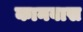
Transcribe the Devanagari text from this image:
कानवास